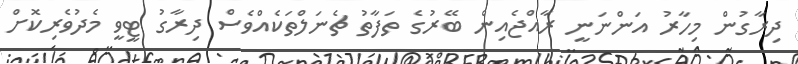
ދިރާގުން މިހާރު އަންނަނީ ރާއްޖެއިން ބޭރުގެ ތަފާތު ޗެނަލްތަކެއްވެސް ދިރާގު ޓީވީ މެދުވެރިކޮށް